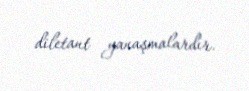
diletant yanaşmalardır.